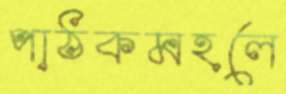
পাঠকমহলে